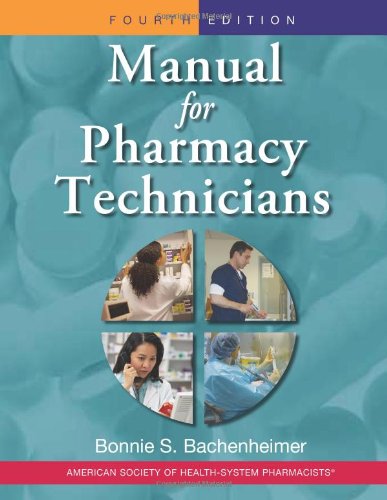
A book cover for Manual for Pharmacy Technicians, 4th Edition; Medical Books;